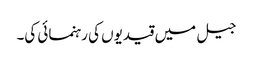
جیل میں قیدیوں کی رہنمائی کی۔